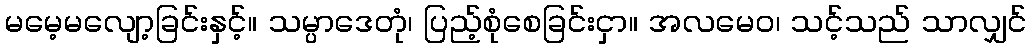
မမေ့မလျော့ခြင်းနှင့်။ သမ္ပာဒေတုံ၊ ပြည့်စုံစေခြင်းငှာ။ အလမေဝ၊ သင့်သည် သာလျှင်